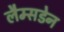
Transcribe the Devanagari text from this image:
लैम्सडेन